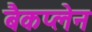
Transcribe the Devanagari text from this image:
बैकप्लेन